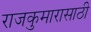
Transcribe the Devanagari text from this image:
राजकुमारासाठी